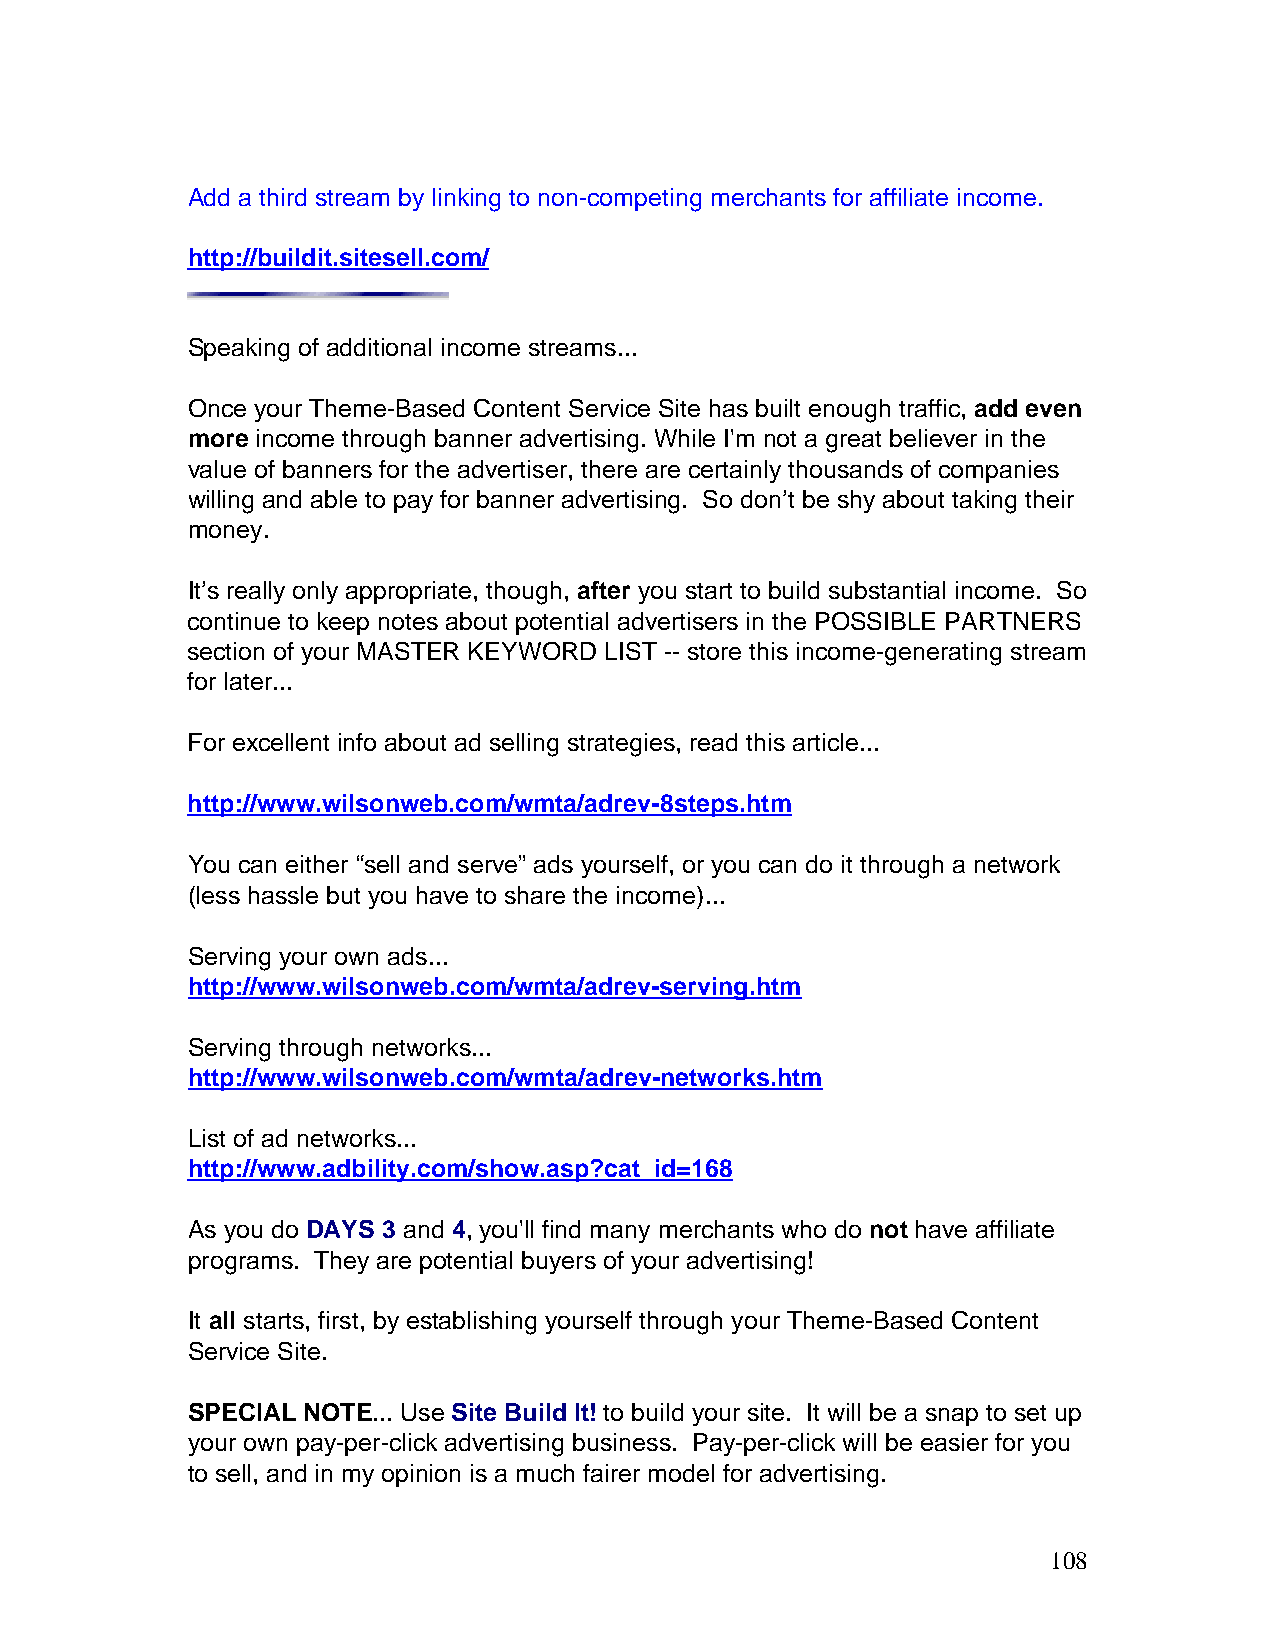
Add a third stream by linking to non-competing merchants for affiliate income.
 http://buildit.sitesell.com/
 Speaking of additional income streams...
 Once your Theme-Based Content Service Site has built enough traffic, add even
 more income through banner advertising. While I'm not a great believer in the
 value of banners for the advertiser, there are certainly thousands of companies
 willing and able to pay for banner advertising. So don’t be shy about taking their
 money.
 It’s really only appropriate, though, after you start to build substantial income. So
 continue to keep notes about potential advertisers in the POSSIBLE PARTNERS
 section of your MASTER KEYWORD LIST -- store this income-generating stream
 for later...
 For excellent info about ad selling strategies, read this article...
 http://www.wilsonweb.com/wmta/adrev-8steps.htm
 You can either “sell and serve” ads yourself, or you can do it through a network
 (less hassle but you have to share the income)...
 Serving your own ads...
 http://www.wilsonweb.com/wmta/adrev-serving.htm
 Serving through networks...
 http://www.wilsonweb.com/wmta/adrev-networks.htm
 List of ad networks...
 http://www.adbility.com/show.asp?cat_id=168
 As you do DAYS 3 and 4, you'll find many merchants who do not have affiliate
 programs. They are potential buyers of your advertising!
 It all starts, first, by establishing yourself through your Theme-Based Content
 Service Site.
 SPECIAL NOTE... Use Site Build It! to build your site. It will be a snap to set up
 your own pay-per-click advertising business. Pay-per-click will be easier for you
 to sell, and in my opinion is a much fairer model for advertising.
 108